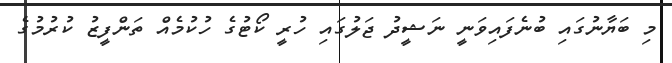
މި ބަޔާނުގައި ބުނެފައިވަނީ ނަޝީދު ޖަލުގައި ހުރީ ކޯޓުގެ ހުކުމެއް ތަންފީޒު ކުރުމުގެ